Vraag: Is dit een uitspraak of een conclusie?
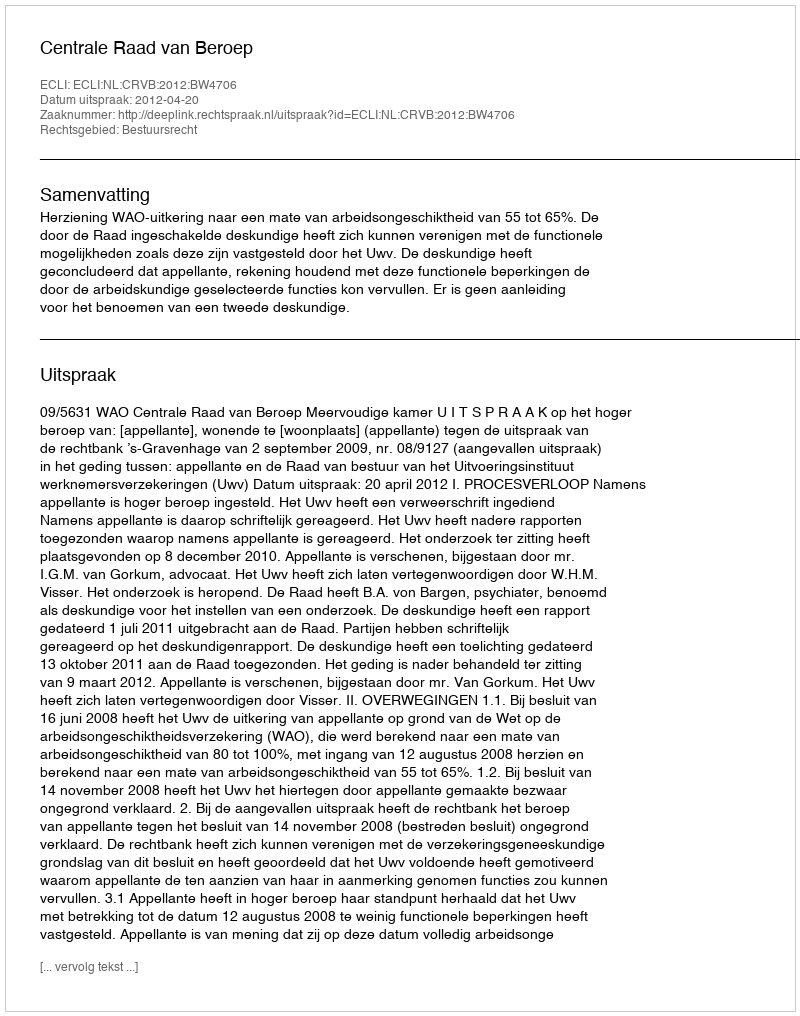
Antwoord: Uitspraak